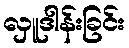
လှူဒါန်းခြင်း